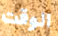
الوقت